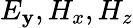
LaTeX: E_{\mathbf{y}},H_{x},H_{z}